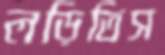
লড়িতিস